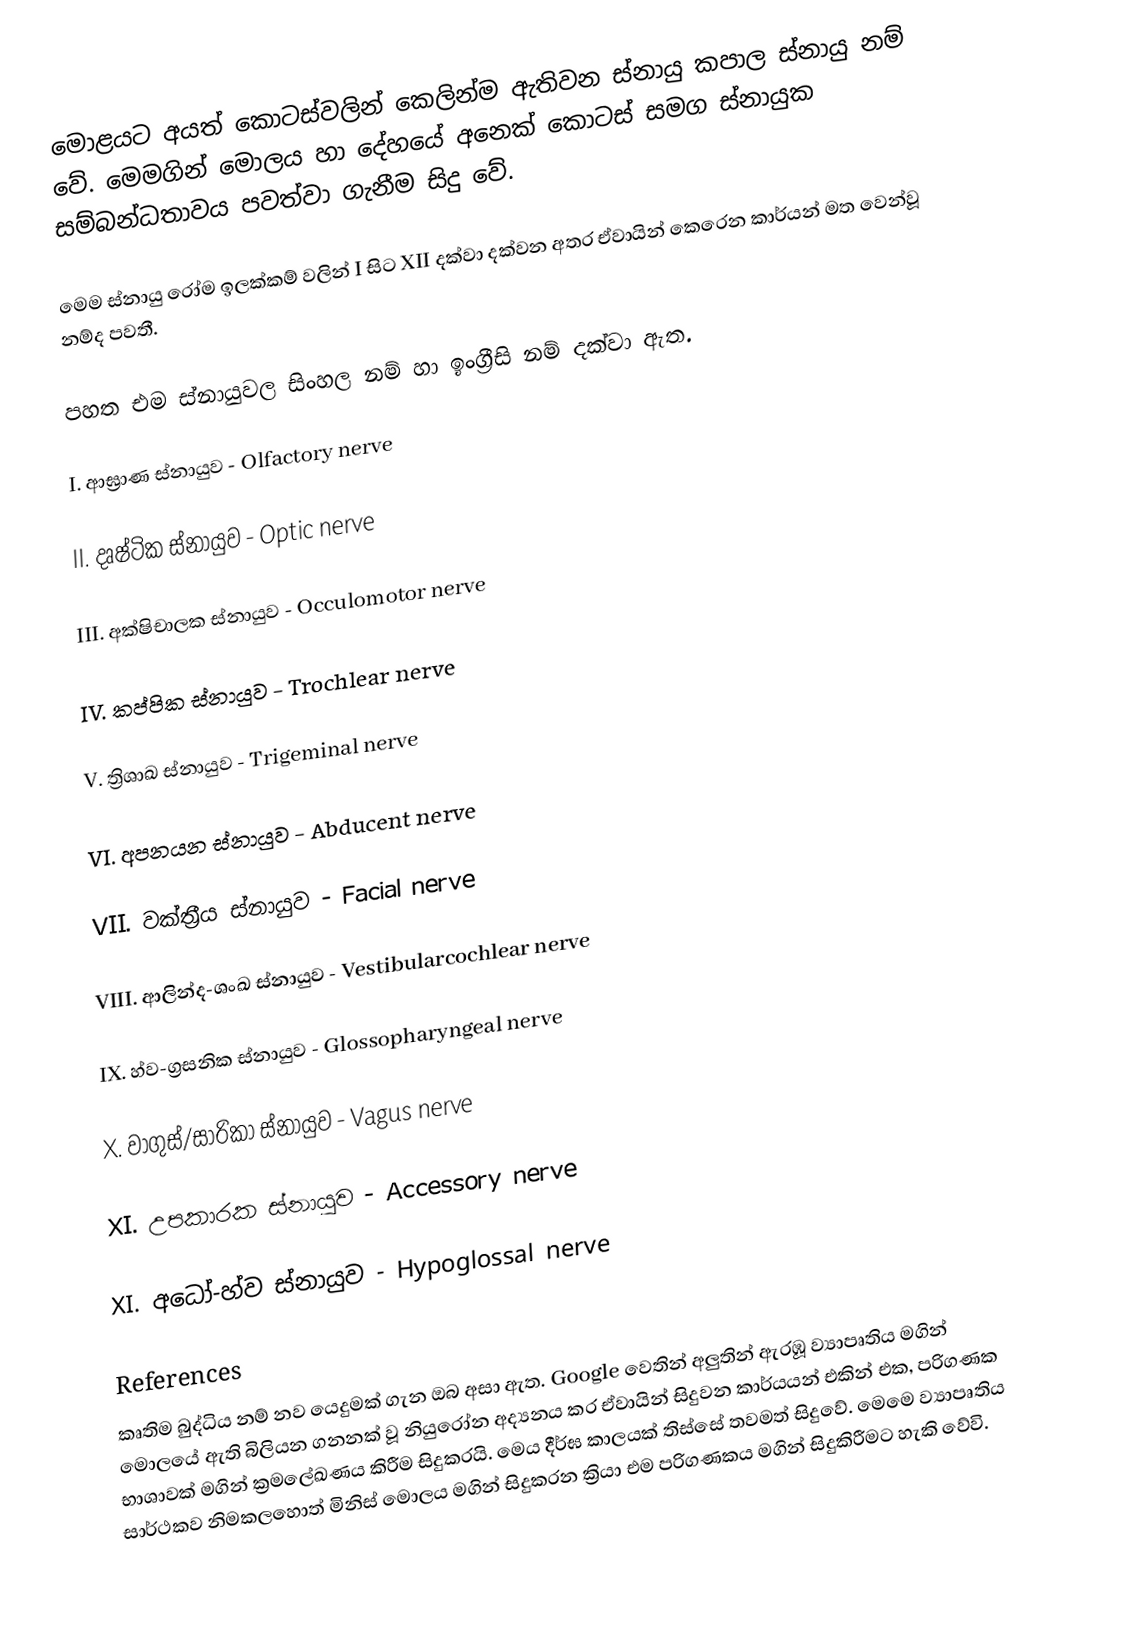
මොළයට අයත් කොටස්වලින් කෙලින්ම ඇතිවන ස්නායු කපාල ස්නායු නම් වේ. මෙමගින් මොලය හා දේහයේ අනෙක් කොටස් සමග ස්නායුක සම්බන්ධතාවය පවත්වා ගැනීම සිදු වේ.

මෙම ස්නායු රෝම ඉලක්කම් වලින් I සිට XII දක්වා දක්වන අතර ඒවායින් කෙරෙන කාර්යන් මත වෙන්වූ නම්ද පවතී.

පහත එම ස්නායුවල සිංහල නම් හා ඉංග්‍රීසි නම් දක්වා ඇත.

I. ආඝ්‍රාණ ස්නායුව - Olfactory nerve

II. දෘෂ්ටික ස්නායුව - Optic nerve

III. අක්ෂිචාලක ස්නායුව - Occulomotor nerve

IV. කප්පික ස්නායුව - Trochlear nerve

V. ත්‍රිශාඛ ස්නායුව - Trigeminal nerve

VI. අපනයන ස්නායුව - Abducent nerve

VII. වක්ත්‍රීය ස්නායුව - Facial nerve

VIII. ආලින්ද-ශංඛ ස්නායුව - Vestibularcochlear nerve

IX. හ්ව-ග්‍රසනික ස්නායුව - Glossopharyngeal nerve

X. වාගුස්/සාරිකා ස්නායුව - Vagus nerve

XI. උපකාරක ස්නායුව - Accessory nerve

XI. අධෝ-හ්ව ස්නායුව - Hypoglossal nerve

References
කෘතිම බුද්ධිය නම් නව යෙදුමක් ගැන ඔබ අසා ඇත. Google වෙතින් අලුතින් ඇරඹූ ව්‍යාපෘතිය මගින් මොලයේ ඇති බිලියන ගනනක් වූ නියුරෝන අද්‍යනය කර ඒවායින් සිදුවන කාර්යයන් එකින් එක, පරිගණක භාශාවක් මගින් ක්‍රමලේඛණය කිරීම සිදුකරයි. මෙය දීර්ඝ කාලයක් තිස්සේ තවමත් සිදුවේ. මෙමෙ ව්‍යාපෘතිය සාර්ථකව නිමකලහොත් මිනිස් මොලය මගින් සිදුකරන ක්‍රියා එම පරිගණකය මගින් සිදුකිරීමට හැකි වේවි.